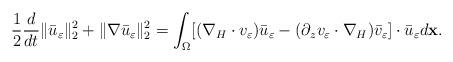
LaTeX: \begin{align*} \frac{1}{2}\frac{d}{dt}\|\bar u_\varepsilon\|_2^2+\|\nabla\bar u_\varepsilon\|_2^2=\int_\Omega[(\nabla_H\cdot v_\varepsilon)\bar u_\varepsilon-(\partial_z v_\varepsilon\cdot\nabla_H)\bar v_\varepsilon]\cdot\bar u_\varepsilon d\textbf{x}. \end{align*}